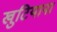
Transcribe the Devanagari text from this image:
खुटियाना